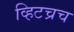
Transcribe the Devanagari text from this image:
व्हिटच्रच